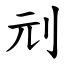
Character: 刓